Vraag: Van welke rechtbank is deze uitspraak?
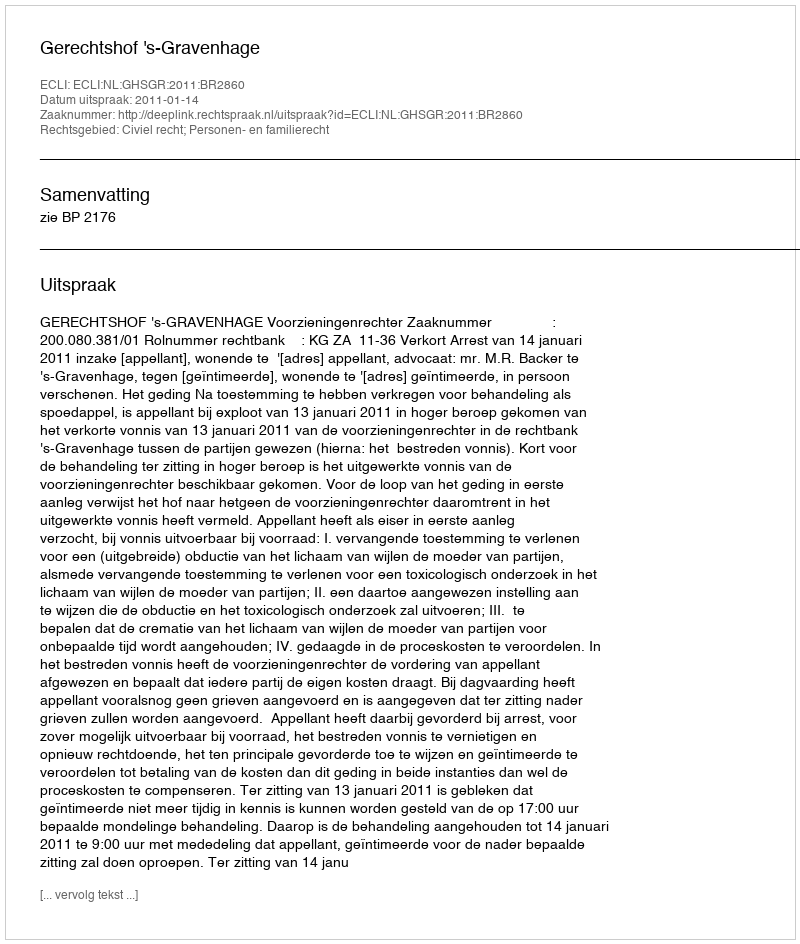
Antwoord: Gerechtshof 's-Gravenhage